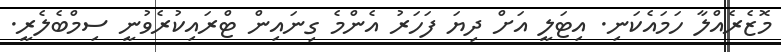
މޮޒެރެއްލާ ހަމައެކަނި. އިޓަލީ އަށް ދިޔަ ފަހަރު އެންމެ ގިނައިން ޓްރައިކުރެވުނީ ސިމްބެލެރީ.